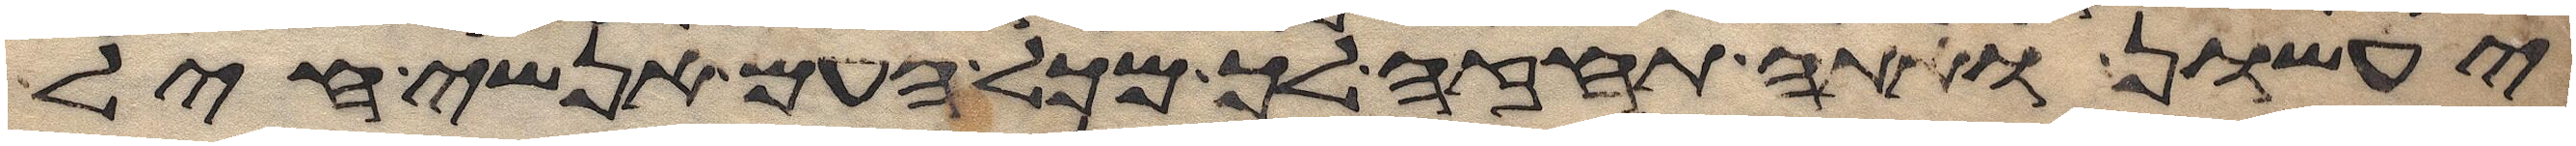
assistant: יעשון ואתה תחזה לך מכל העם אנשי חיל